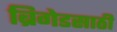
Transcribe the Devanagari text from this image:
ब्रिगेडसाठी